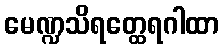
မေဏ္ဍသိရတ္ထေရဂါထာ